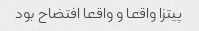
پیتزا واقعا و واقعا افتضاح بود